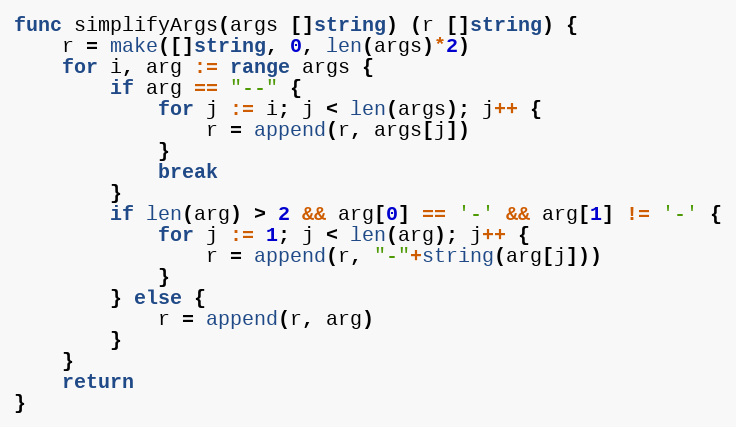
Language: Go
func simplifyArgs(args []string) (r []string) {
	r = make([]string, 0, len(args)*2)
	for i, arg := range args {
		if arg == "--" {
			for j := i; j < len(args); j++ {
				r = append(r, args[j])
			}
			break
		}
		if len(arg) > 2 && arg[0] == '-' && arg[1] != '-' {
			for j := 1; j < len(arg); j++ {
				r = append(r, "-"+string(arg[j]))
			}
		} else {
			r = append(r, arg)
		}
	}
	return
}